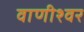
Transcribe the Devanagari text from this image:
वाणीश्वर